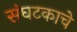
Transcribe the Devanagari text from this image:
संघटकाचे